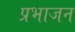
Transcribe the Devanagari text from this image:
प्रभाजन